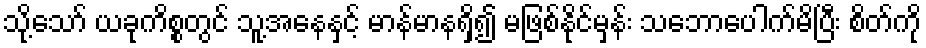
သို့သော် ယခုကိစ္စတွင် သူ့အနေနှင့် မာန်မာနရှိ၍ မဖြစ်နိုင်မှန်း သဘောပေါက်မိပြီး စိတ်ကို